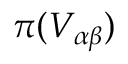
\pi ( V _ { \alpha \beta } )